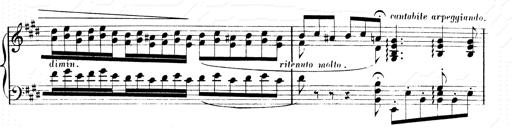
Title: 2 Transcriptions d'aprÃ¨s Rossini
Composer: Franz Liszt